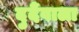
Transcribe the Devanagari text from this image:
दुर्दैवाला